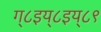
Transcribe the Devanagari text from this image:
ग्८इय्८इय्८९